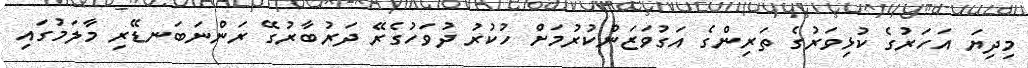
މިދިޔަ އަހަރުގެ ކުޅިވަރުގެ ތަރިންގެ އަގުވަޒަންކުރުމަށް ހުކުރު ދުވަހުގެރޭ ދަރުބާރުގޭ ރަންނަބަނޑޭރި މާލަމުގައި